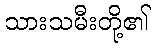
သားသမီးတို့၏